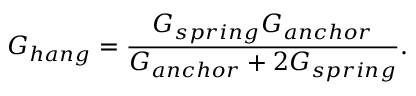
G _ { h a n g } = \frac { G _ { s p r i n g } G _ { a n c h o r } } { G _ { a n c h o r } + 2 G _ { s p r i n g } } .